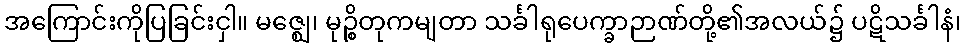
အကြောင်းကိုပြခြင်းငှါ။ မဇ္ဈေ၊ မုဉ္စိတုကမျတာ သင်္ခါရုပေက္ခာဉာဏ်တို့၏အလယ်၌ ပဋိသင်္ခါနံ၊